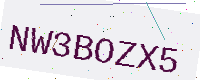
Text: NW3BOZX5